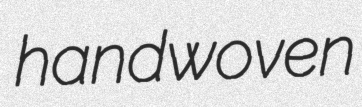
handwoven